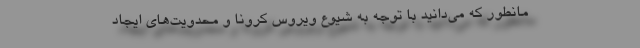
مانطور که می‌دانید با توجه به شیوع ویروس کرونا و محدویت‌های ایجاد